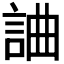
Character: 𧧥